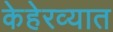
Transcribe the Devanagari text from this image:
केहेरव्यात